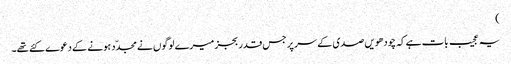
)
یہ عجیب بات ہے کہ چودھویں صدی کے سر پر جس قدر بجز میرے لوگوں نے مجدّد ہونے کے دعوے کئے تھے۔